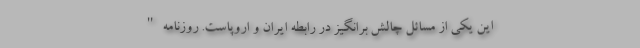
این یکی از مسائل چالش برانگیز در رابطه ایران و اروپاست. روزنامه "